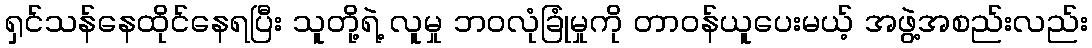
ရှင်သန်နေထိုင်နေရပြီး သူတို့ရဲ့ လူမှု ဘဝလုံခြုံမှုကို တာဝန်ယူပေးမယ့် အဖွဲ့အစည်းလည်း